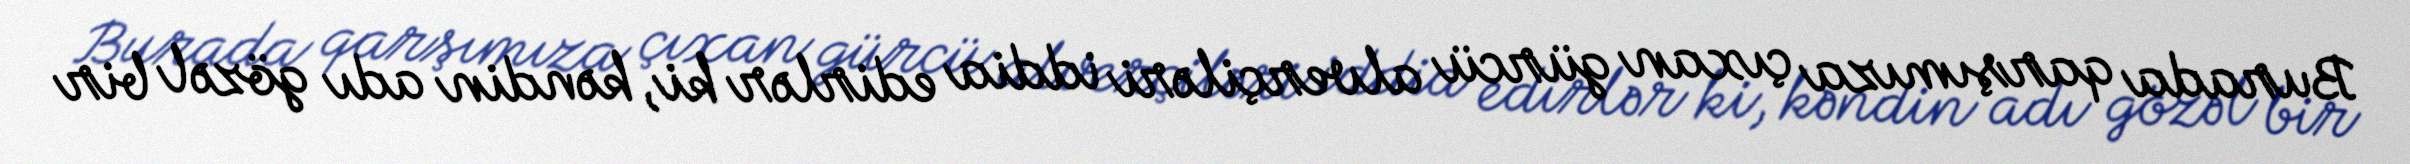
Burada qarşımıza çıxan gürcü alverçiləri iddia edirlər ki, kəndin adı gözəl bir